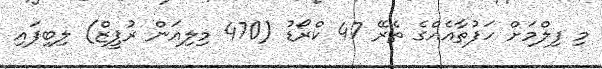
މި ފިލްމަށް ހަފުތާއެއްގެ ތެރޭ 47 ކްރޯޑު (470 މިލިއަން ރުޕީޒް) ލިބިފައި